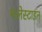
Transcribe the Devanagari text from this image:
पलेस्टाइन